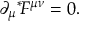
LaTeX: \partial _ { \mu } { } ^ { * } \! F ^ { \mu \nu } = 0 .